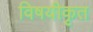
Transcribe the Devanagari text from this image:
विषयीकृत